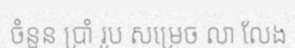
ចំនួន ប្រាំ រូប សម្រេច លា លែង